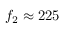
f _ { 2 } \approx 2 2 5